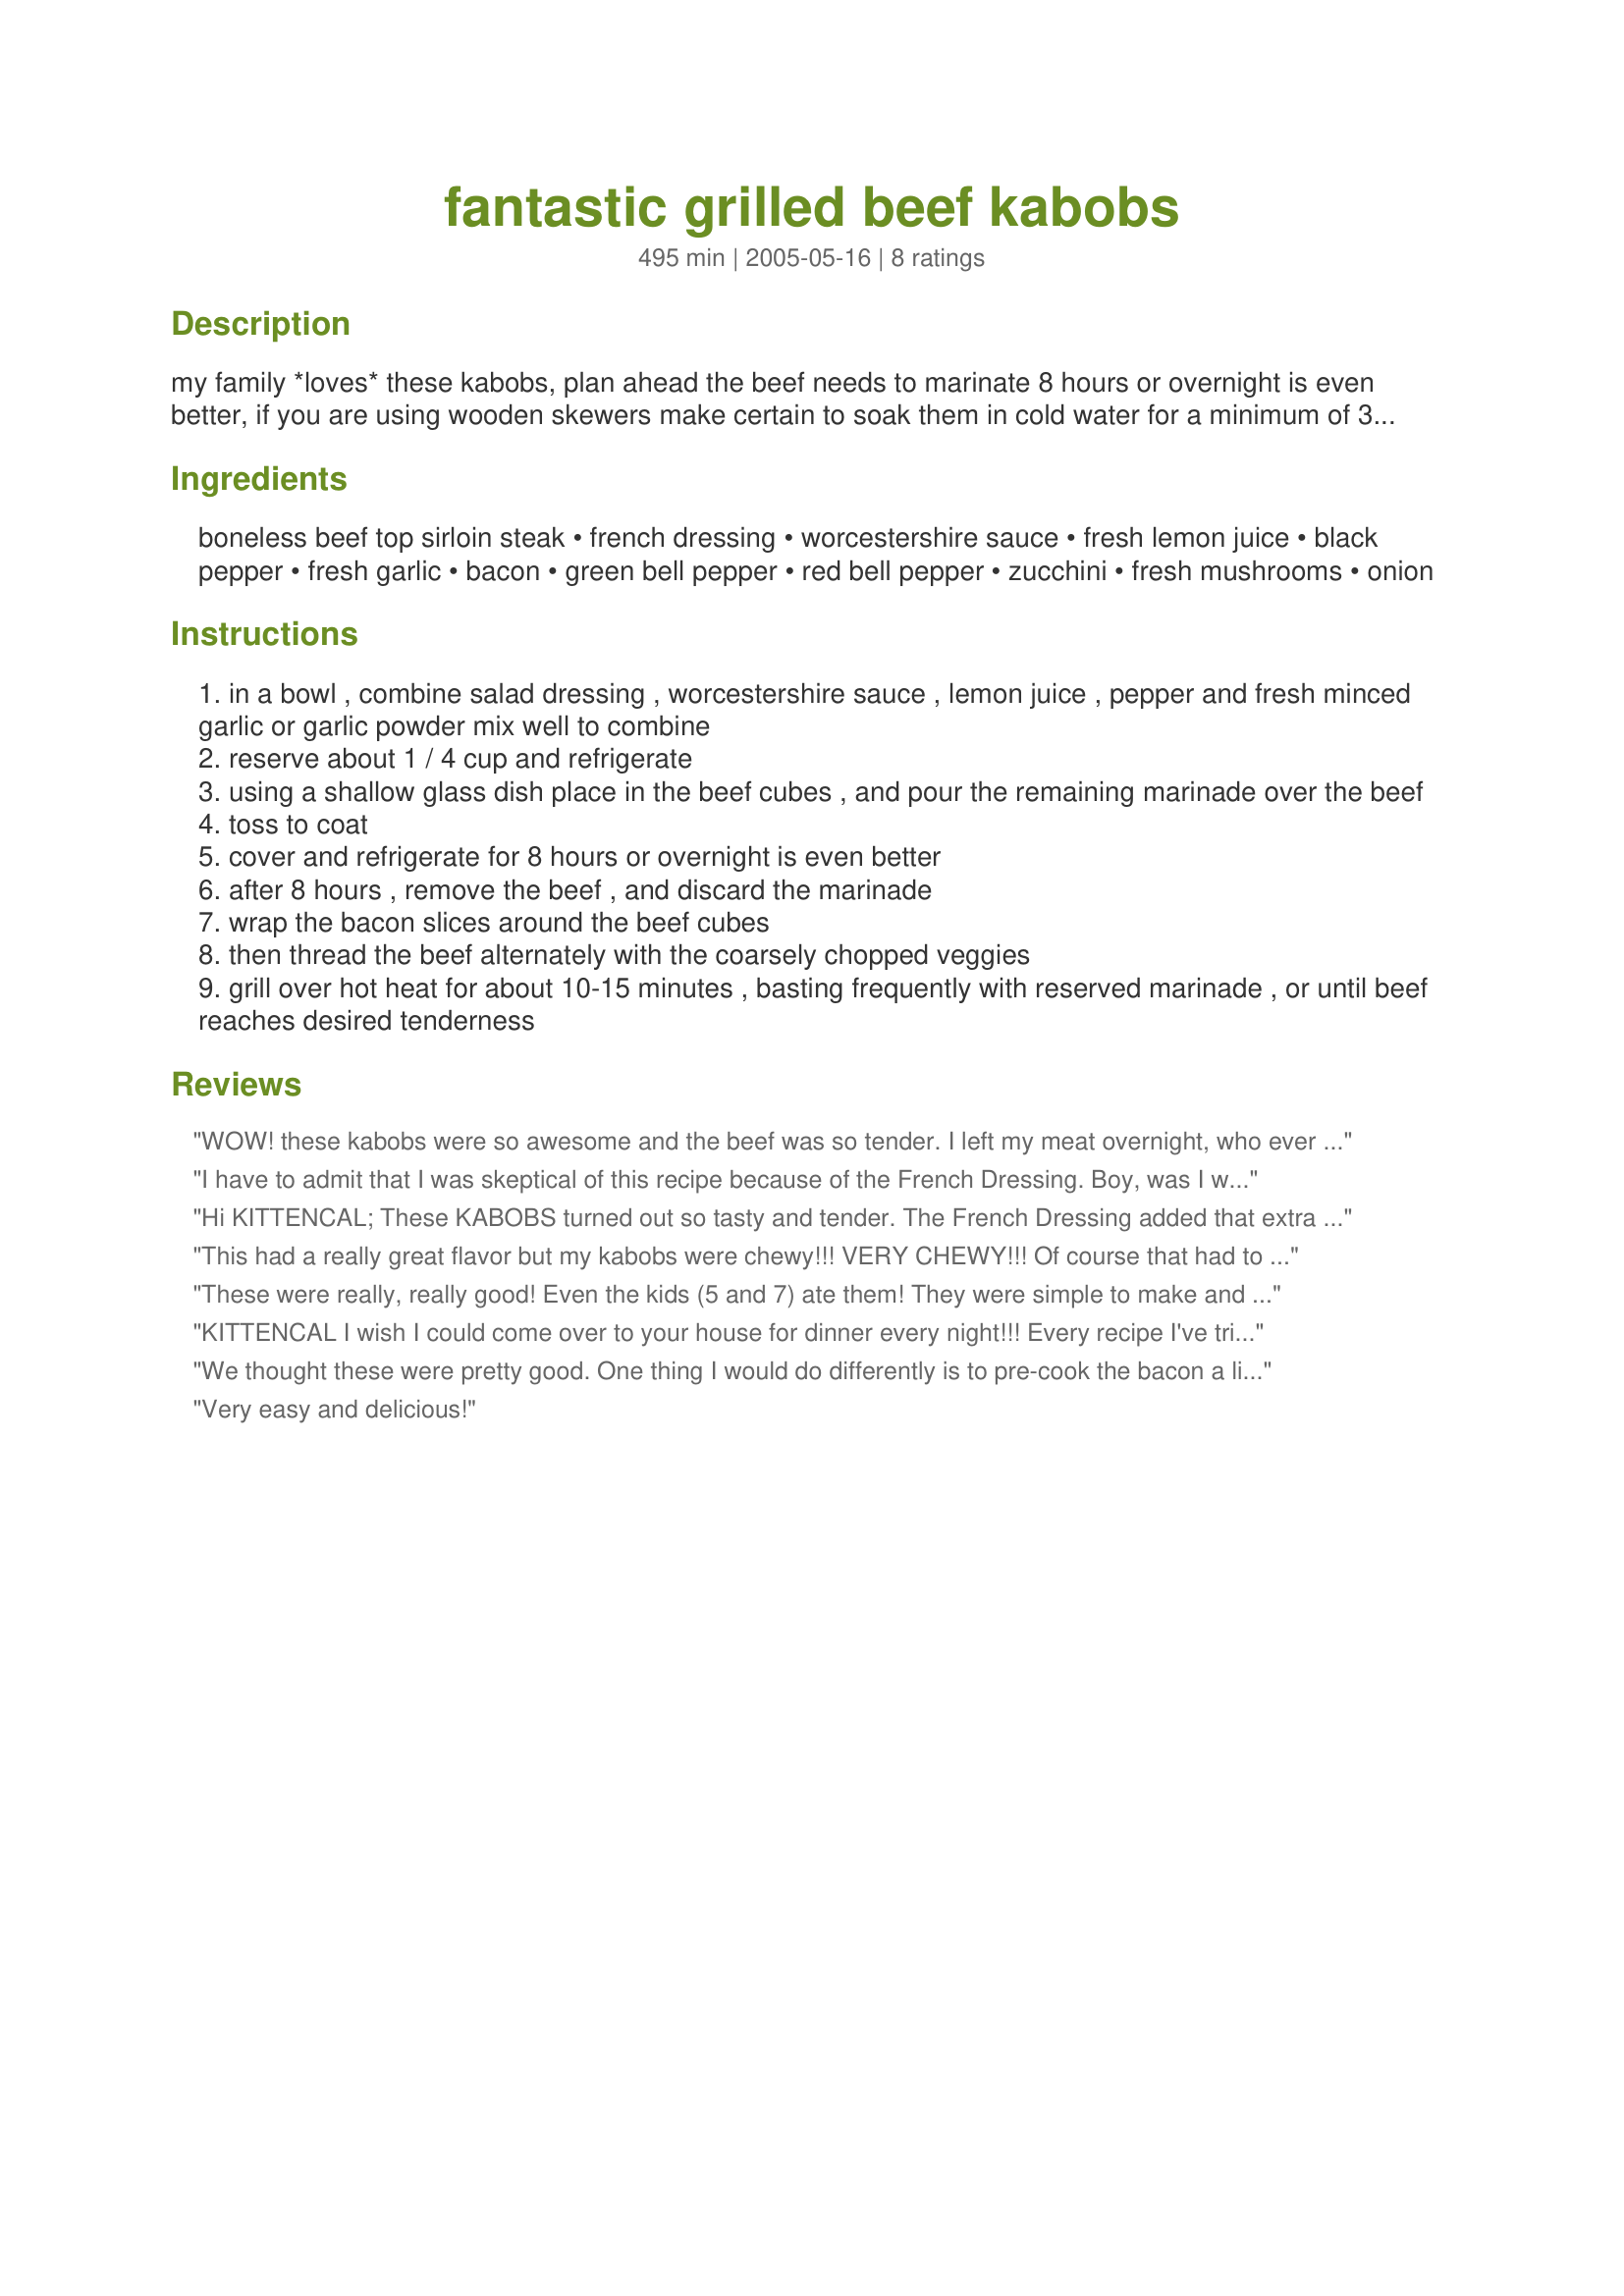
fantastic grilled beef kabobs
Preparation time: 495 minutes

my family *loves* these kabobs, plan ahead the beef needs to marinate 8 hours or overnight is even better, if you are using wooden skewers make certain to soak them in cold water for a minimum of 30 minutes before using them for grilling or they will burn, this recipe serves 3-4 people (two skewers each) but i would suggest to double the recipe if you are serving more than 4 people --- cooking time is only estimated and prep time includes marinating time. the french dressing can be replaced with russian dressing if desired, you will love these! :)

Ingredients:
boneless beef top sirloin steak, french dressing, worcestershire sauce, fresh lemon juice, black pepper, fresh garlic, bacon, green bell pepper, red bell pepper, zucchini, fresh mushrooms, onion

Steps:
in a bowl , combine salad dressing , worcestershire sauce , lemon juice , pepper and fresh minced garlic or garlic powder mix well to combine
reserve about 1 / 4 cup and refrigerate
using a shallow glass dish place in the beef cubes , and pour the remaining marinade over the beef
toss to coat
cover and refrigerate for 8 hours or overnight is even better
after 8 hours , remove the beef , and discard the marinade
wrap the bacon slices around the beef cubes
then thread the beef alternately with the coarsely chopped veggies
grill over hot heat for about 10-15 minutes , basting frequently with reserved marinade , or until beef reaches desired tenderness

Reviews:
WOW! these kabobs were so awesome and the beef was so tender. I left my meat overnight, who ever would have thought to use French dressing to marinate meat, but I will from now on, it made an outstanding marinade! this is a fantastic recipe! thank you.
I have to admit that I was skeptical of this recipe because of the French Dressing. Boy, was I wrong. This marinade was terrific. You never cease to amaze me, Kittencal.
Hi KITTENCAL;
These KABOBS turned out so tasty and tender. The French Dressing added that extra special taste to the marinated sirloin steaks. I found that I didn't require 10 - 15 minutes grilling. I like the meat medium-rare, and grilled for about 8 minutes, turning a quarter turn each 2 minutes, and OH BOY, excellent. The veggies and mushrooms were so good when I basted them with the reserved marinade.
Thanks KittenCal for a great summer recipe.
I will be making these Kabobs in Palm Springs, CA next week.
"Uncle Bill"
This had a really great flavor but my kabobs were chewy!!! VERY CHEWY!!! Of course that had to be me so I am not giving less than 5 stars on here. The flavor WAS 5 star worthy but if anyone knows how to get those kabobs more tender please let me know. A cut of meat I should use maybe......
These were really, really good! Even the kids (5 and 7) ate them! They were simple to make and tasted great! I would say to allow a little space around the bacon wrapped meat so that it will get a little crispy all the way around. A definate hit that we'll be sure to repeat in our house! Thanks KITTENCAL for another great recipe!
KITTENCAL I wish I could come over to your house for dinner every night!!! Every recipe I've tried of yours has been fantastic. My DH had doubts about this one "You're using French dressing???" but gobbled it all up happily and appologized for doubting recipezaar! I didn't use the bacon (not fond of bacon wrapped meat) but other than that I followed it exactly.
We thought these were pretty good. One thing I would do differently is to pre-cook the bacon a little. The flavor was good but we like our bacon completely cooked and the steak was cooked before the bacon.
Very easy and delicious!
